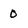
Character: O